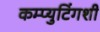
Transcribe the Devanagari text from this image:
कम्प्युटिंगशी